Vaccination in Burma 1920-1933 - 1920-1933
Year: 1920
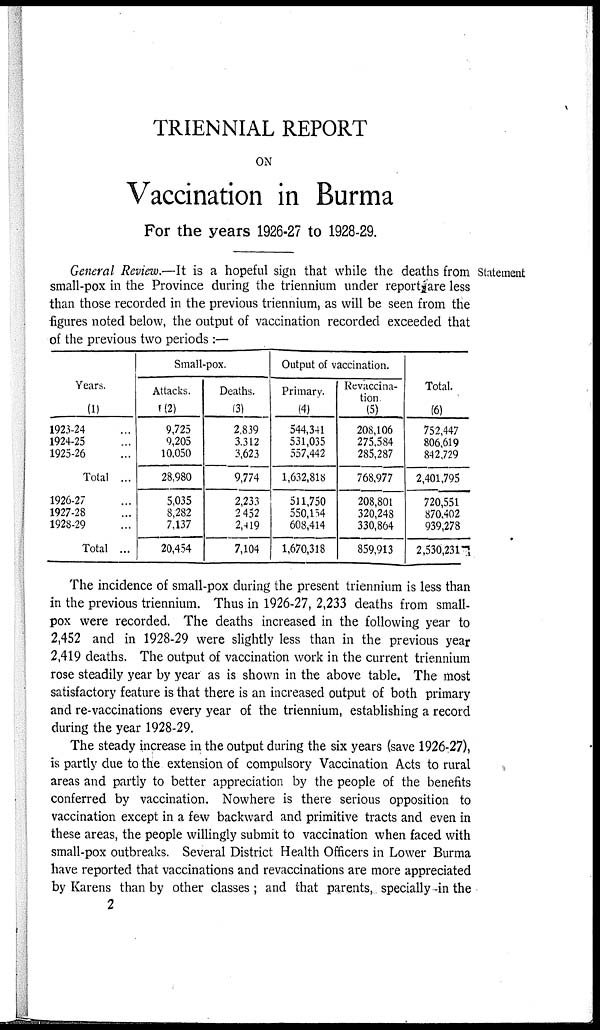
TRIENNIAL REPORT
ON
Vaccination in Burma
For the years 1926-27 to 1928-29.
Statement
General Review.—It is a hopeful sign that while the deaths from
small-pox in the Province during the triennium under report are less
than those recorded in the previous triennium, as will be seen from the
figures noted below, the output of vaccination recorded exceeded that
of the previous two periods :—
Years.
(1)
1923-24 ...
1924-25 ...
1925-26 ...
Total ...
1926-27 ...
1927-28 ...
1928-29 ...
Total ...
Small-pox.
Attacks.
(2)
9,725
9,205
10,050
28,980
5,035
8,282
7,137
20,454
Deaths.
(3)
2,839
3,312
3,623
9,774
2,233
2,452
2,419
7,104
Output of vaccination.
Primary.
(4)
544,341
531,035
557,442
1,632,818
511,750
550,154
608,414
1,670,318
Revaccina-
tion
(5)
208,106
275,584
285,287
768,977
208,801
320,248
330,864
859,913
Total.
(6)
752,447
806,619
842,729
2,401,795
720,551
870,402
939,278
2,530,231
The incidence of small-pox during the present triennium is less than
in the previous triennium. Thus in 1926-27, 2,233 deaths from small-
pox were recorded. The deaths increased in the following year to
2,452 and in 1928-29 were slightly less than in the previous year
2,419 deaths. The output of vaccination work in the current triennium
rose steadily year by year as is shown in the above table. The most
satisfactory feature is that there is an increased output of both primary
and re-vaccinations every year of the triennium, establishing a record
during the year 1928-29.
The steady increase in the output during the six years (save 1926-27),
is partly due to the extension of compulsory Vaccination Acts to rural
areas and partly to better appreciation by the people of the benefits
conferred by vaccination. Nowhere is there serious opposition to
vaccination except in a few backward and primitive tracts and even in
these areas, the people willingly submit to vaccination when faced with
small-pox outbreaks. Several District Health Officers in Lower Burma
have reported that vaccinations and revaccinations are more appreciated
by Karens than by other classes ; and that parents, specially in the
2